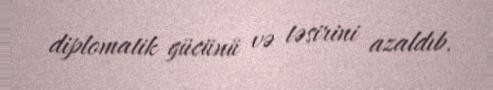
diplomatik gücünü və təsirini azaldıb.